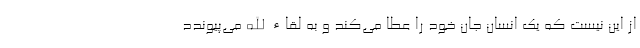
از این نیست که یک انسان جان خود را عطا می‌کند و به لقاء الله می‌پیوندد